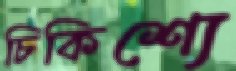
চিকিশ্যে